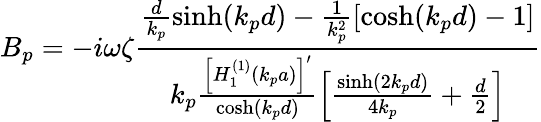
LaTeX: B_{p}=-i\omega\zeta\frac{\frac{d}{k_{p}}\sinh(k_{p}d)-\frac{1}{k_{p}^{2}}[\cosh(k_{p}d)-1]}{k_{p}\frac{\left[H_{1}^{(1)}(k_{p}a)\right]^{\prime}}{\cosh(k_{p}d)}\left[\frac{\sinh(2k_{p}d)}{4k_{p}}+\frac{d}{2}\right]}